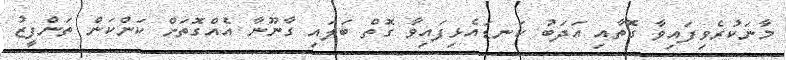
މާނަކުރެވިފައިވާ ގޮތާއި އަދަބު ކަނޑައެޅިފައިވާ ގޮތް ބަލައި ގާނޫނާ އެއްގޮތަށް ކަންކަން ތަންފީޒު